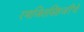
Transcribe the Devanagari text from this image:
रणजितसिंहजींचे